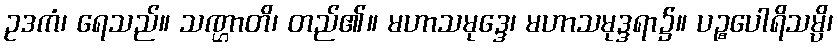
ဥဒကံ၊ ရေသည်။ သဏ္ဌာတိ၊ တည်၏။ မဟာသမုဒ္ဒေ၊ မဟာသမုဒ္ဒရာ၌။ ပဉ္စပေါရိသမ္ပိ၊